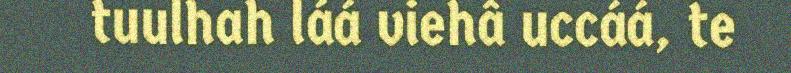
tuulhah láá viehâ uccáá, te